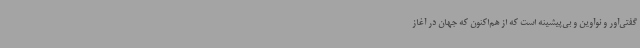
گفتی‌آور و نو‌آوین و بی‌پیشینه است که از هم‌اکنون که جهان در آغاز